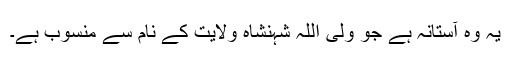
یہ وہ آستانہ ہے جو ولی اللہ شہنشاہ ولایت کے نام سے منسوب ہے۔